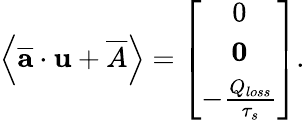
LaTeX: \left\langle\overline{{\textbf{a}}}\cdot\textbf{u}+\overline{{A}}\right\rangle=\left[\begin{array}{c}{0}\\ {\textbf{0}}\\ {-\frac{Q_{loss}}{\tau_{s}}}\end{array}\right].